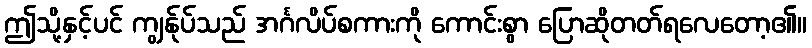
ဤသို့နှင့်ပင် ကျွန်ုပ်သည် အင်္ဂလိပ်စကားကို ကောင်းစွာ ပြောဆိုတတ်ရလေတော့၏။